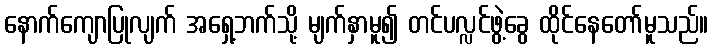
နောက်ကျောပြုလျက် အရှေ့ဘက်သို့ မျက်နှာမူ၍ တင်ပလ္လင်ဖွဲ့ခွေ ထိုင်နေတော်မူသည်။